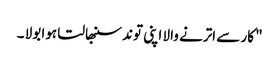
" کار سے اترنے والا اپنی توند سنبھالتا ہوا بولا ۔